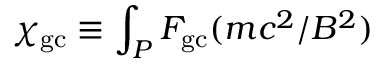
\chi _ { \mathrm { g c } } \equiv \int _ { P } F _ { \mathrm { g c } } ( m c ^ { 2 } / B ^ { 2 } )